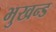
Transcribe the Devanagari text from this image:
भुखन्ड